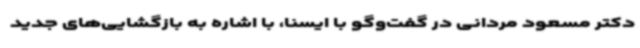
دکتر مسعود مردانی در گفت‌وگو با ایسنا، با اشاره به بازگشایی‌های جدید